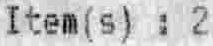
ITEM(S) : 2